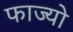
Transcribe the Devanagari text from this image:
फाज्यो